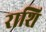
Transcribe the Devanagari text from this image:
राशि